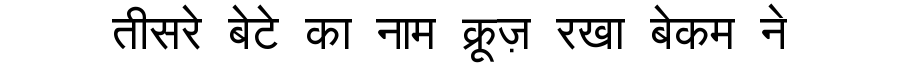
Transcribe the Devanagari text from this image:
तीसरे बेटे का नाम क्रूज़ रखा बेकम ने